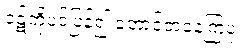
ဝဋ်ကိုပင်ပြန်၍ တောင့်တနေကြပုံ။